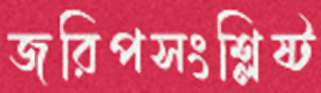
জরিপসংশ্লিষ্ট